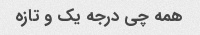
همه چی درجه یک و تازه